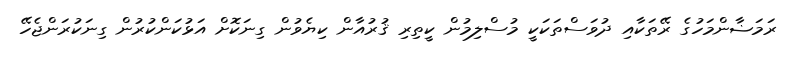
ރަމަޟާންމަހުގެ ރޭތަކާއި ދުވަސްތަކަކީ މުސްލިމުން ކީތިރި ޤުރުއާން ކިޔެވުން ގިނަކޮށް އަޅުކަންކުރުން ގިނަކުރަންޖެހޭ